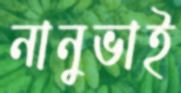
নানুভাই